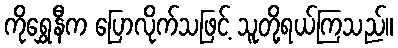
ကိုရွှေနီက ပြောလိုက်သဖြင့် သူတို့ရယ်ကြသည်။